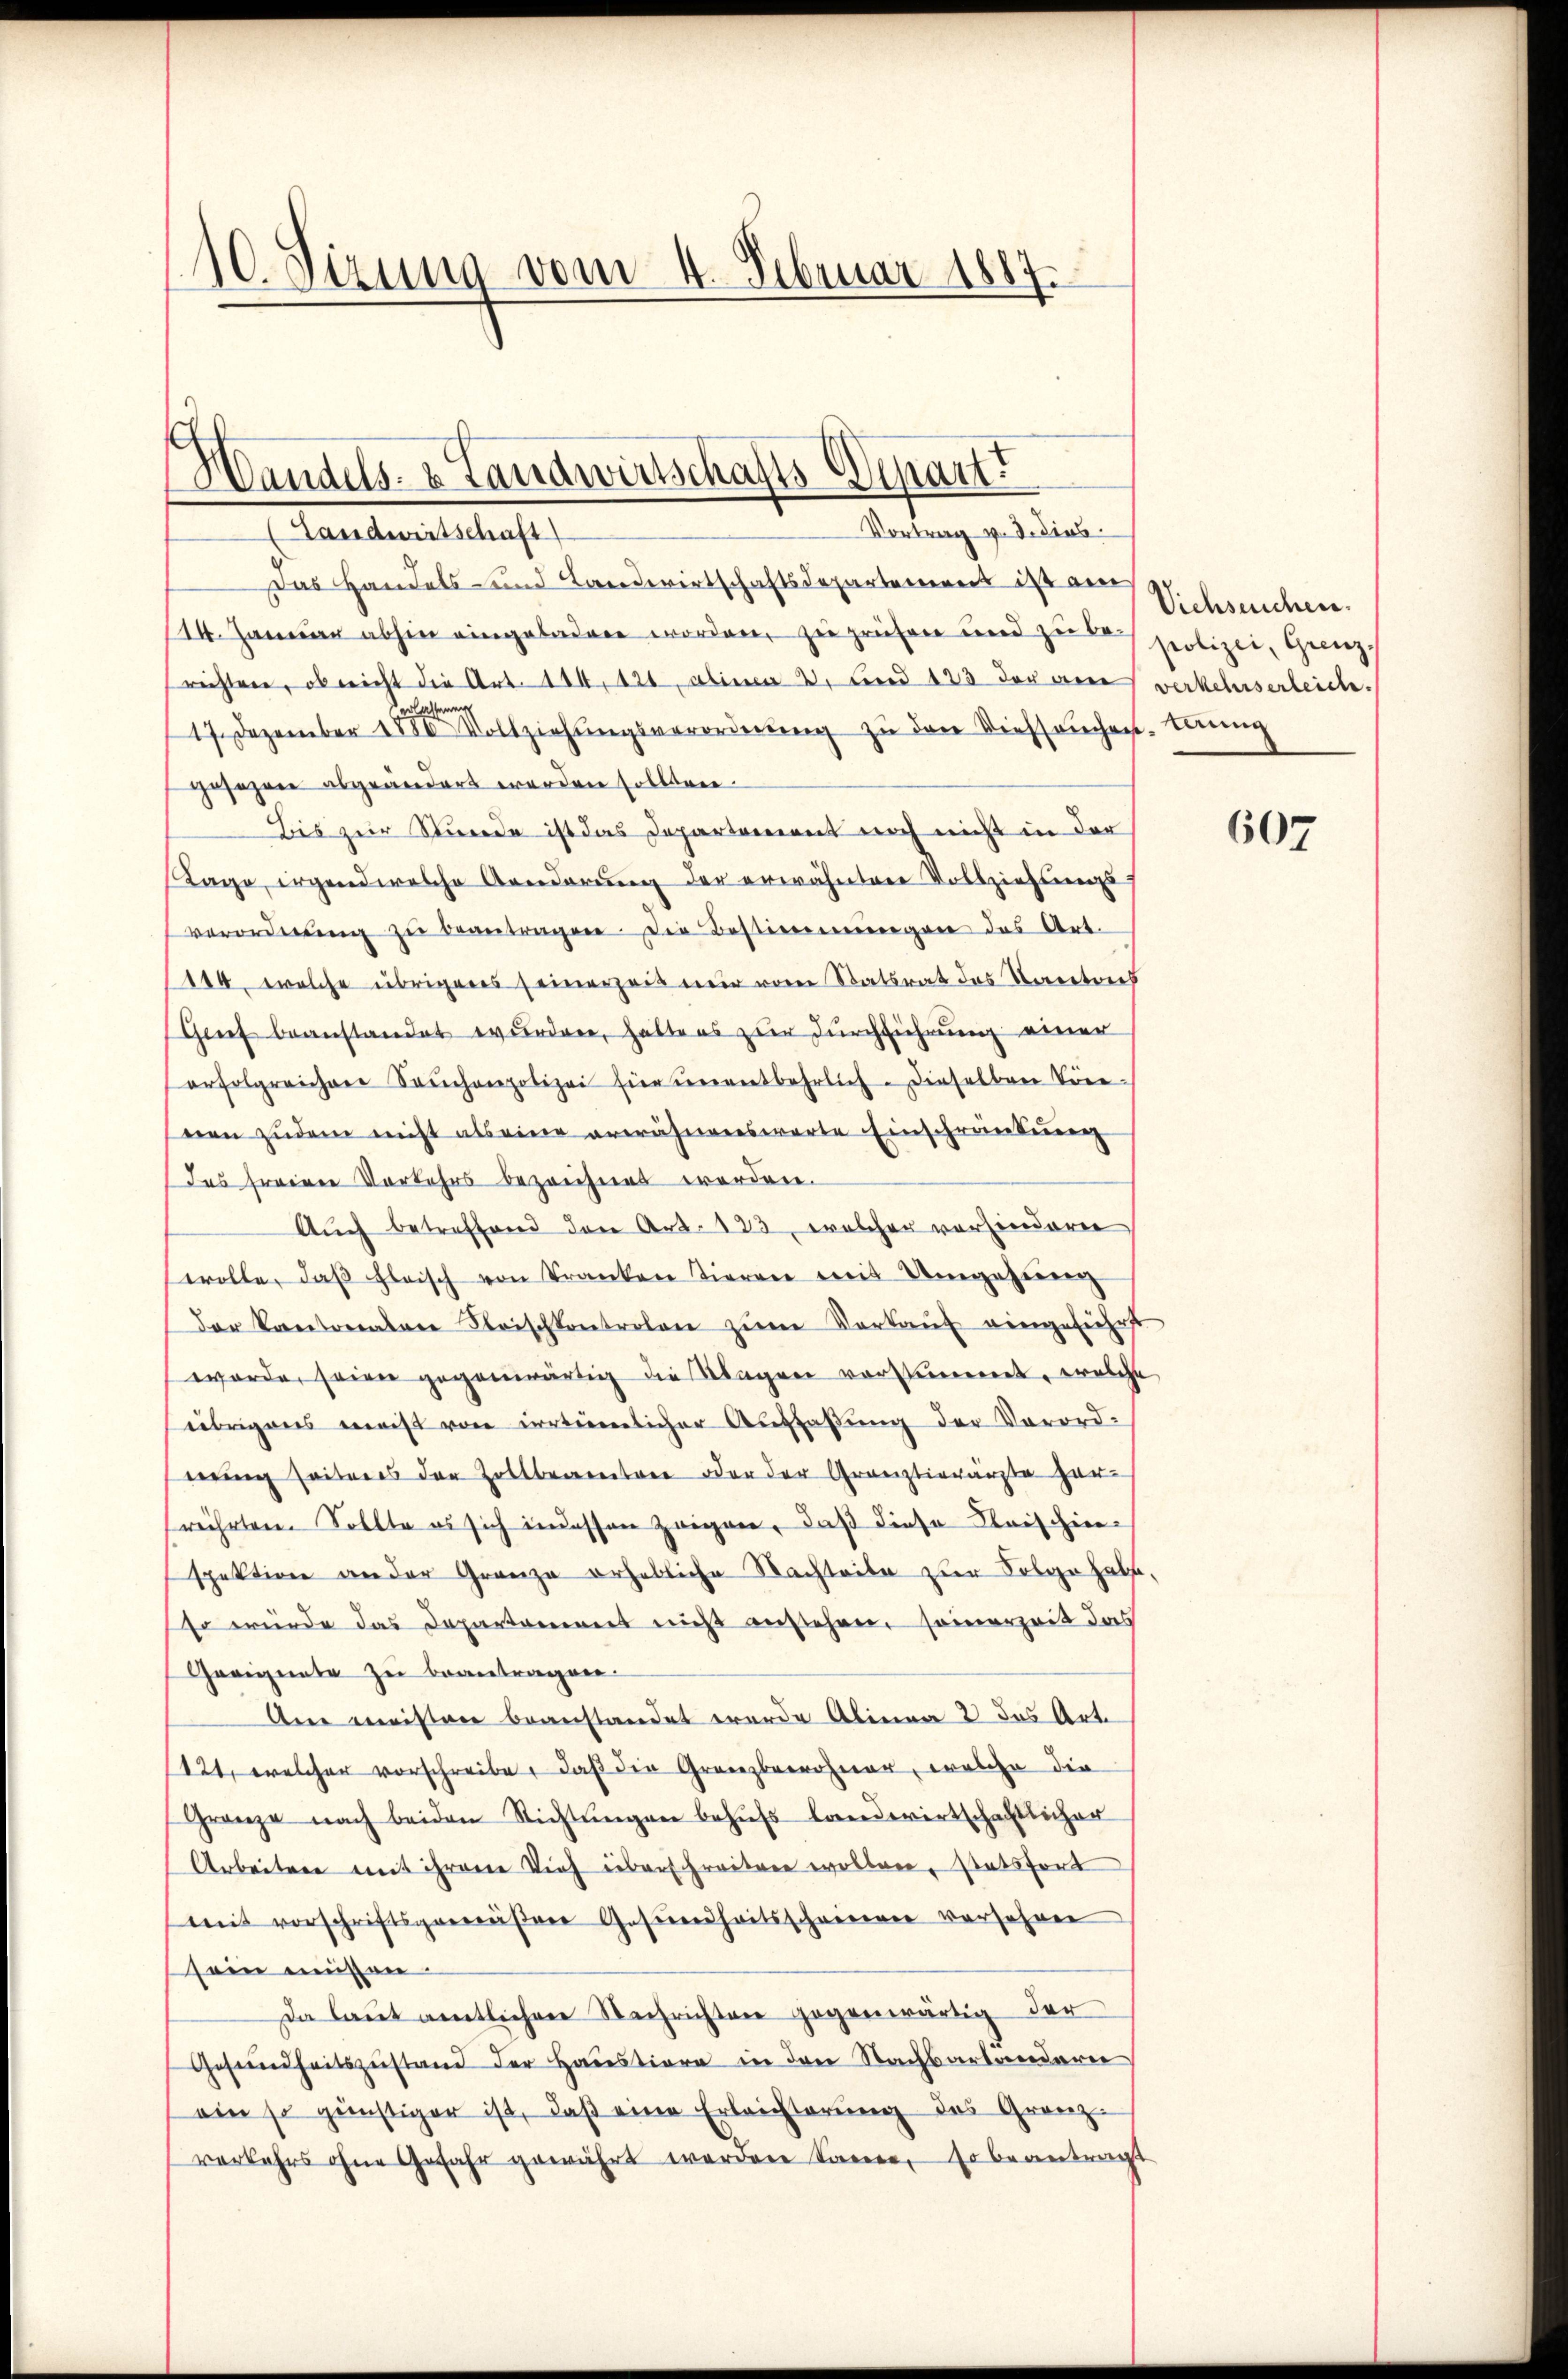
10. Sizung vom 4. Februar 1887.

Handels- & Landwirtschafts-Separt
Vortrag v. J. dies
Landwirtschaft

Das Handels- und Landwirtschaftsdepartemens ist am
114. Januar abhin eingeladen worden, zu prüfen und zur polizei, Grenzrichtere, ob nicht die Art. 114, 120, abenen 2. Fried 123 der eine verkehrserleich.
17. Dezember 1886 Vollziehŭngsverordnŭng zŭ den Viehseuchen. Banng
gefahren abgeändert werden sollten.
Bis zur Stunde ist das Departement noch nicht in der
Tage irgendwelche Aenderŭng der erwähntere Vollziehungs-
verordnŭng zŭ beantragen. Die Bestimmungen das Art.
114, welche übrigens seinerzeit nur von Statsrat des Kartonis
Grief beanstandet wurden, hatte es zur Durchführung einer
erfolgreichen Sachenpolizei für unentbehrlich. Dieselben Krie-
nen zudem nicht als eine erwähnenswerte Einschränkung
das freinen Vorkehrs bezeichnes worden.
Aŭch betreffend den Art. 123, welcher vorhindern
wolle, daβ fleisch von Franken Tieren mit Umgehung
der Kantonalen Fleischkontrolen zŭm Verkauf eingeführt
worden seien gegenwärtig die Klagen vorstimmet, welche
übrigens meist von irrtümlicher Auffassung der Vorord-
wing seiteres der Zollbeamtere oder der Gränztierärzte her-
frührten. Sollte es sich indessen zeigen, daß diese Fleischien-
spektion an der Grenza erhebliche Nachteite zur Folge habt,
so würde das Departement nicht anstehen, seinerzeit das
Geeigente zu beantragen.
An meisten beanstandet werde Alinea 2 das Art.
121, welcher vorschreibe, daß die Gränzbewohner, welche die
Gränze nach beiden Richtŭngen behŭfs landwirtschaftlicher
Arbeiten mit ihrem Vieh überschreitere wollen, statsfort
mit vorschriftsgemäβere Gesundheitsscheinen versehen
sein müssen.
Da laut amtlichen Nachrichten gegenwärtig der
Gesundheitszustand der Haestiere in den Nachbartendere
ein so günstiger ist, daß eine Erleichterung des Granz-
verkehrs ohne Gefahr gewährt werden können, so beantragt

Viehseuchen.

607